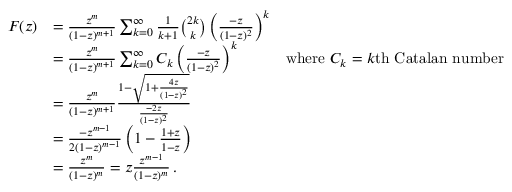
{ \begin{array} { r l r } { F ( z ) } & { = { \frac { z ^ { m } } { ( 1 - z ) ^ { m + 1 } } } \sum _ { k = 0 } ^ { \infty } { { \frac { 1 } { k + 1 } } { \binom { 2 k } { k } } \left( { \frac { - z } { ( 1 - z ) ^ { 2 } } } \right) ^ { k } } } \\ & { = { \frac { z ^ { m } } { ( 1 - z ) ^ { m + 1 } } } \sum _ { k = 0 } ^ { \infty } { C _ { k } \left( { \frac { - z } { ( 1 - z ) ^ { 2 } } } \right) ^ { k } } } & { { \mathrm { w h e r e ~ } } C _ { k } = k { \mathrm { t h ~ C a t a l a n ~ n u m b e r } } } \\ & { = { \frac { z ^ { m } } { ( 1 - z ) ^ { m + 1 } } } { \frac { 1 - { \sqrt { 1 + { \frac { 4 z } { ( 1 - z ) ^ { 2 } } } } } } { \frac { - 2 z } { ( 1 - z ) ^ { 2 } } } } } \\ & { = { \frac { - z ^ { m - 1 } } { 2 ( 1 - z ) ^ { m - 1 } } } \left( 1 - { \frac { 1 + z } { 1 - z } } \right) } \\ & { = { \frac { z ^ { m } } { ( 1 - z ) ^ { m } } } = z { \frac { z ^ { m - 1 } } { ( 1 - z ) ^ { m } } } \, . } \end{array} }